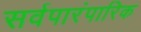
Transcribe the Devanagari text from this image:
सर्वपारंपारिक